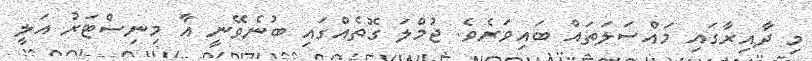
މި ދާއިރާގައި މައްސަލަތައް ބައިވަރެވެ. ޖުމްލަ ގޮތެއްގައި ބުނެވޭނީ އާ މިނިސްޓަރު އަލީ